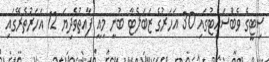
ސިޓީގެ ވެބްސައިޓުގައި 30 އަހަރުގެ ޒަބަލެޓާ ބުނީ މިއީ ފާއިތުވެދިޔަ 12 އަހަރުތެރޭގައި